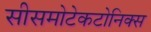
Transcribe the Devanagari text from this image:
सीसमोटेकटोनिक्‍स